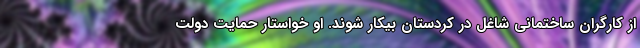
از کارگران ساختمانی شاغل در کردستان بیکار شوند. او خواستار حمایت دولت